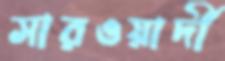
সারওয়ার্দী